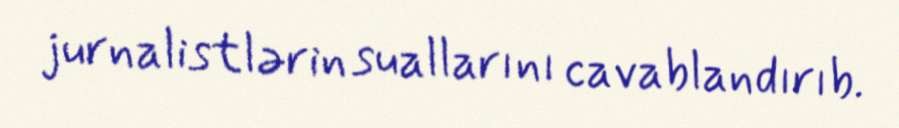
jurnalistlərin suallarını cavablandırıb.